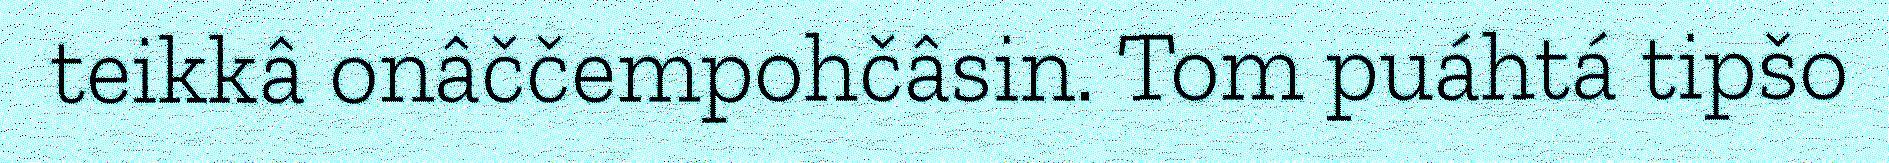
teikkâ onâččempohčâsin. Tom puáhtá tipšo